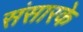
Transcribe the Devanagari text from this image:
संसारके